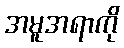
အမူအရာကို